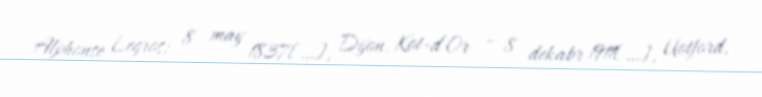
Alphonse Legros; 8 may 1837[…], Dijon, Kot-d’Or – 8 dekabr 1911[…], Uotford,